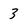
Character: 3